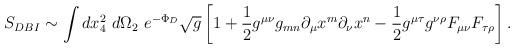
LaTeX: \begin{align*}S_{DBI} \sim \int dx_4^2 \,\, d\Omega_2 \,\, e^{-\Phi_D}\sqrt{g}\left [1+ \frac{1}{2} g^{\mu\nu} g_{mn} \partial_\mu x^m \partial_\nu x^n - \frac{1}{2} g^{\mu\tau}g^{\nu\rho}F_{\mu\nu}F_{\tau\rho} \right].\end{align*}